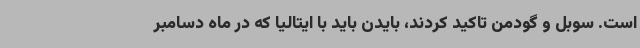
است. سوبل و گودمن تاکید کردند، بایدن باید با ایتالیا که در ماه دسامبر